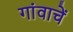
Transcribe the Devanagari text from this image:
गांवाचें